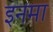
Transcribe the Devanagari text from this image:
इनमा